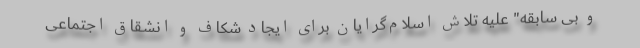
و بی سابقه" علیه تلاش اسلام‌گرایان برای ایجاد شکاف‌ و انشقاق اجتماعی